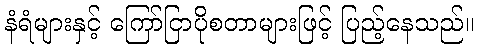
နံရံများနှင့် ကြော်ငြာပိုစတာများဖြင့် ပြည့်နေသည်။